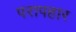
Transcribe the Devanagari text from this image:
परापहार